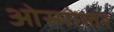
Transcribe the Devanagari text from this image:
ओस्मोलर